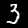
Label: 3